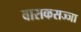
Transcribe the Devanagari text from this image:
वासकसज्जा